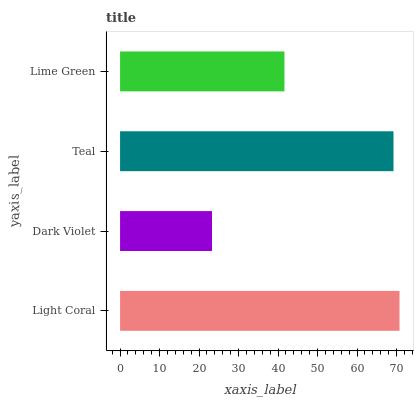
| yaxis_label | bars |
 | --- | --- |
 | Light Coral | 70.7 |
 | Dark Violet | 23.3 |
 | Teal | 69.2 |
 | Lime Green | 41.6 |